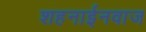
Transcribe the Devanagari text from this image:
शहनाईनवाज